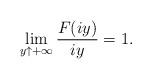
LaTeX: \begin{align*}\lim_{y\uparrow+\infty}\frac{F(iy)}{iy}=1.\end{align*}